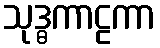
သုဒ္ဓကာဠကာ